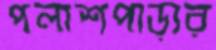
পলাশপাড়ার